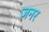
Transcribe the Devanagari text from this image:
जनर